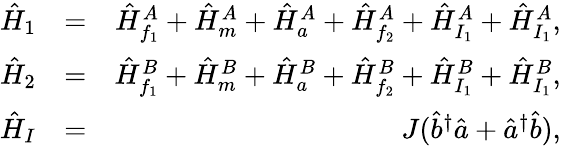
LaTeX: \begin{array}{rlr}{\hat{H}_{1}}&{=}&{\hat{H}_{f_{1}}^{A}+\hat{H}_{m}^{A}+\hat{H}_{a}^{A}+\hat{H}_{f_{2}}^{A}+\hat{H}_{I_{1}}^{A}+\hat{H}_{I_{1}}^{A},}\\ {\hat{H}_{2}}&{=}&{\hat{H}_{f_{1}}^{B}+\hat{H}_{m}^{B}+\hat{H}_{a}^{B}+\hat{H}_{f_{2}}^{B}+\hat{H}_{I_{1}}^{B}+\hat{H}_{I_{1}}^{B},}\\ {\hat{H}_{I}}&{=}&{J(\hat{b}^{\dagger}\hat{a}+\hat{a}^{\dagger}\hat{b}),}\end{array}